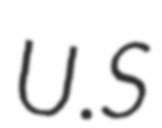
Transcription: U.S